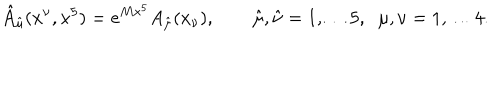
\hat { A } _ { \hat { \mu } } ( x ^ { \nu } , x ^ { 5 } ) = e ^ { M x ^ { 5 } } A _ { \hat { \mu } } ( x _ { \nu } ) , \qquad \hat { \mu } , \hat { \nu } = 1 , \dots 5 , \; \; \mu , \nu = 1 , \dots 4 .